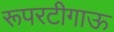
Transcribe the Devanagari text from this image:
रूपरटीगाऊ